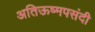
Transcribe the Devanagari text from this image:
अतिऊष्मपसंदी